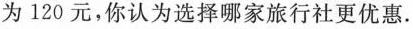
为120元,你认为选择哪家旅行社更优惠。